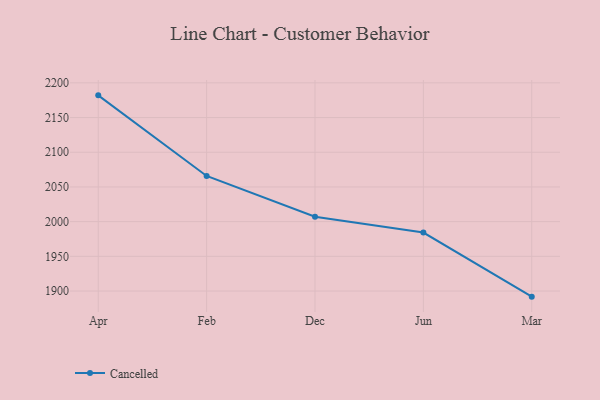
{"axis": {"x": "Month", "y": "Net Income (USD K)"}, "legend": ["Cancelled"], "data": [{"x": "Apr", "y": 2182.0, "type": "Cancelled"}, {"x": "Feb", "y": 2065.8, "type": "Cancelled"}, {"x": "Dec", "y": 2007.1, "type": "Cancelled"}, {"x": "Jun", "y": 1984.3, "type": "Cancelled"}, {"x": "Mar", "y": 1891.9, "type": "Cancelled"}]}